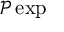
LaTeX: { \mathcal { P } } \exp